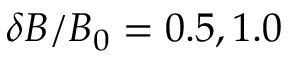
\delta B / B _ { 0 } = 0 . 5 , 1 . 0